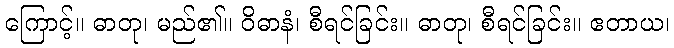
ကြောင့်။ ဓာတု၊ မည်၏။ ဝိဓာနံ၊ စီရင်ခြင်း။ ဓာတု၊ စီရင်ခြင်း။ ဧတာယ၊